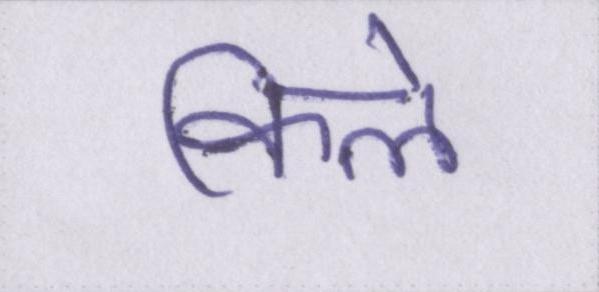
किले